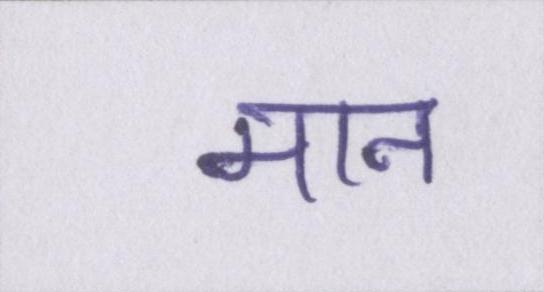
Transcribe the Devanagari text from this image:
मान